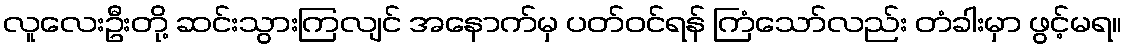
လူလေးဦးတို့ ဆင်းသွားကြလျင် အနောက်မှ ပတ်ဝင်ရန် ကြံသော်လည်း တံခါးမှာ ဖွင့်မရ။